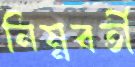
নিম্নবর্তী